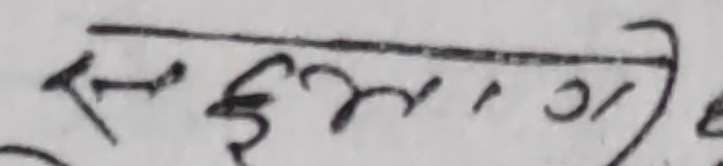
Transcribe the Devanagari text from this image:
स्मृतिपत्र ।